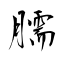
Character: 臑